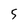
Character: 5